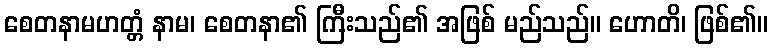
စေတနာမဟတ္တံ နာမ၊ စေတနာ၏ ကြီးသည်၏ အဖြစ် မည်သည်။ ဟောတိ၊ ဖြစ်၏။